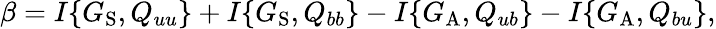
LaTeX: \beta=I\{ {G_{\mathrm{{S}}},Q_{uu}}\} +I\{ {G_{\mathrm{{S}}},Q_{bb}}\} -I\{ {G_{\mathrm{{A}}},Q_{ub}}\} -I\{ {G_{\mathrm{{A}}},Q_{bu}}\} ,